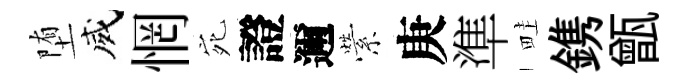
堕威惘宛證邇縈庚準畦鎸甑